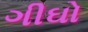
ગીઘો